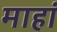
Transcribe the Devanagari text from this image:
माहां